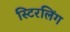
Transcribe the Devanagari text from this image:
स्टिरलिंग